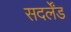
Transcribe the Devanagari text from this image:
सदर्लेंड